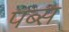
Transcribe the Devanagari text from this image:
पब्स